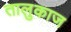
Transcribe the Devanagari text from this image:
तालुकाज